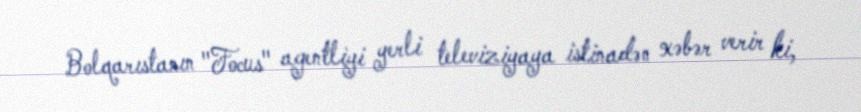
Bolqarıstanın "Focus" agentliyi yerli televiziyaya istinadən xəbər verir ki,